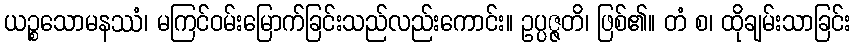
ယဉ္စသောမနဿံ၊ မကြင်ဝမ်းမြောက်ခြင်းသည်လည်းကောင်း။ ဥပ္ပဇ္ဇတိ၊ ဖြစ်၏။ တံ စ၊ ထိုချမ်းသာခြင်း